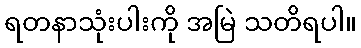
ရတနာသုံးပါးကို အမြဲ သတိရပါ။